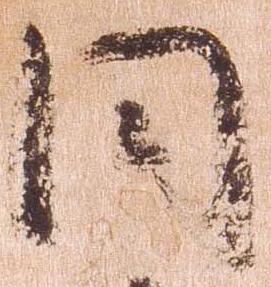
同